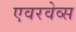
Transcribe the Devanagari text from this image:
एवरवेव्स